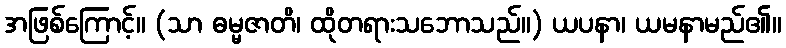
အဖြစ်ကြောင့်။ (သာ ဓမ္မဇာတိ၊ ထိုတရားသဘောသည်။) ယပနာ၊ ယမနာမည်၏။